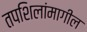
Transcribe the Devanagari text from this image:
तपशिलांमागील